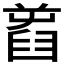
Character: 𦥾